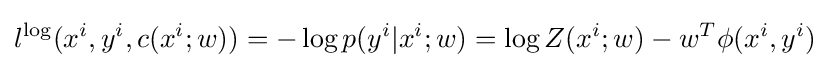
l^{\log }(x^{i},y^{i},c(x^{i};w))=-\log p(y^{i}|x^{i};w)=\log Z(x^{i};w)-w^{T}\phi (x^{i},y^{i})